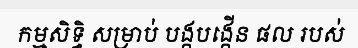
កម្មសិទ្ធិ សម្រាប់ បង្កបង្កើន ផល របស់